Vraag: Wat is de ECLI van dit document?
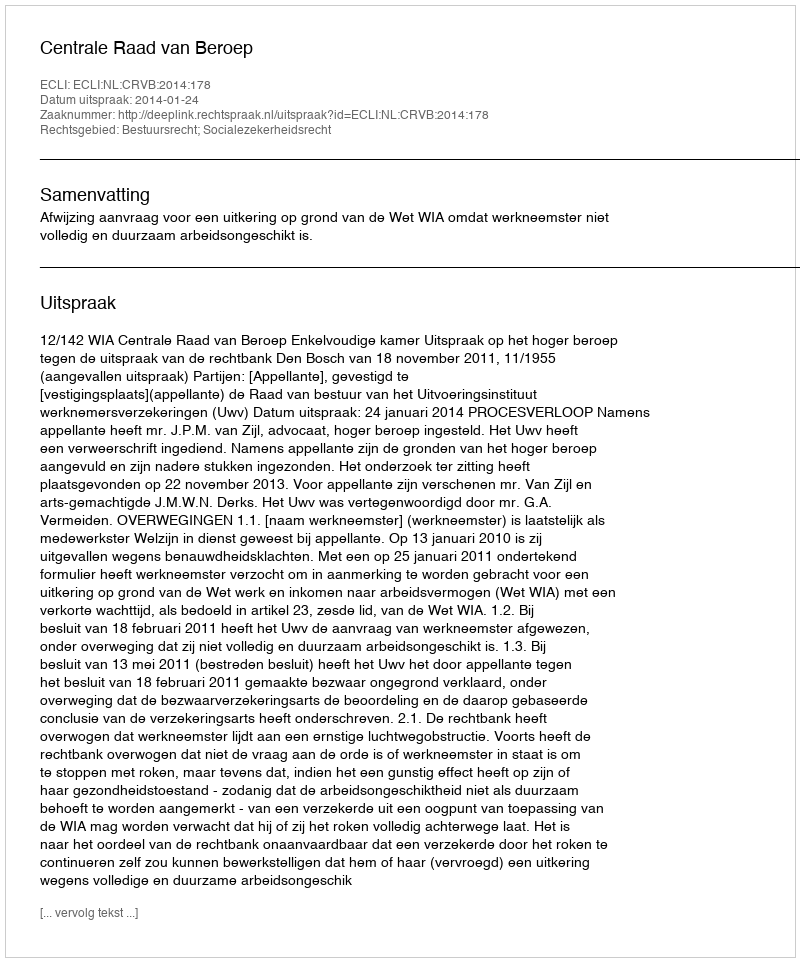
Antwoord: ECLI:NL:CRVB:2014:178